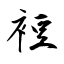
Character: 裋